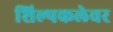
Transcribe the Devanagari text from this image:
शिल्पकलेवर